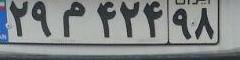
۲۹م۴۲۴۹۸